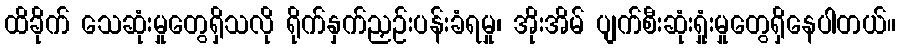
ထိခိုက် သေဆုံးမှုတွေရှိသလို ရိုက်နှက်ညှဉ်းပန်းခံရမှု၊ အိုးအိမ် ပျက်စီးဆုံးရှုံးမှုတွေရှိနေပါတယ်။